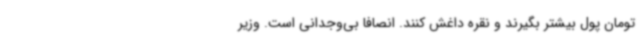
تومان پول بیشتر بگیرند و نقره داغش کنند. انصافا بی‌وجدانی است. وزیر